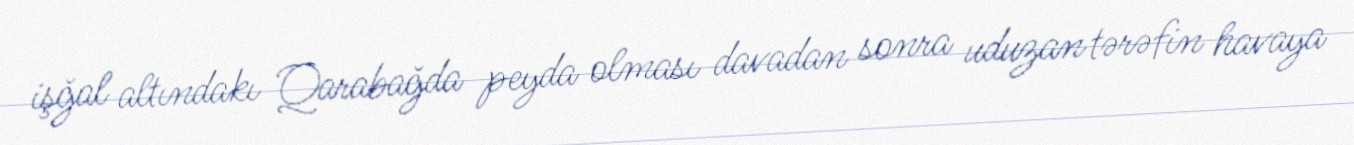
işğal altındakı Qarabağda peyda olması davadan sonra uduzan tərəfin havaya